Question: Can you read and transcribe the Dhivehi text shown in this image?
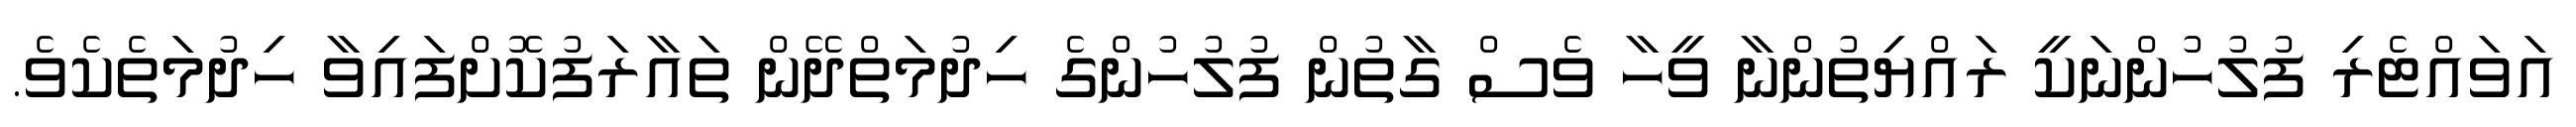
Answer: އަވައްޓެރި ފުލުހުންނަކީ ރައްޔިތުންނާ ވީހާ ވެސް ގާތުން ފުލުހުންގެ ހިދުމަތްދޭން ތައާރަފުކޮށްފައިވާ ހިދުމަތެކެވެ.